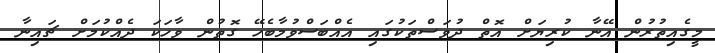
މީގެއިތުރުން އޭނާ ކުރިޔަށް އޮތް ދުވަސްތަކުގައި އެއްބަސްވުމާބެހޭ ގޮތުން ވާހަކަ ދެއްކުމަށް ޗައިނާ